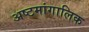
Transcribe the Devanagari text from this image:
अष्टमांगालिक